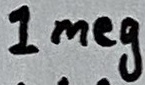
Text: 1meg